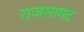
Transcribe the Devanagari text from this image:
राजसामंद